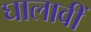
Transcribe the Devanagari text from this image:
घालावीं